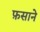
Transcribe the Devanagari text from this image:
फ़साने